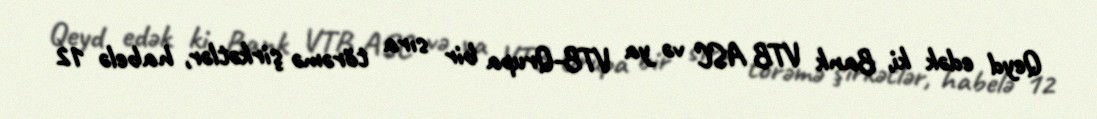
Qeyd edək ki, Bank VTB ASC və ya VTB-Qrupa bir sıra törəmə şirkətlər, habelə 12